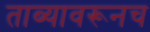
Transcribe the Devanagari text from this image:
ताब्यावरूनच